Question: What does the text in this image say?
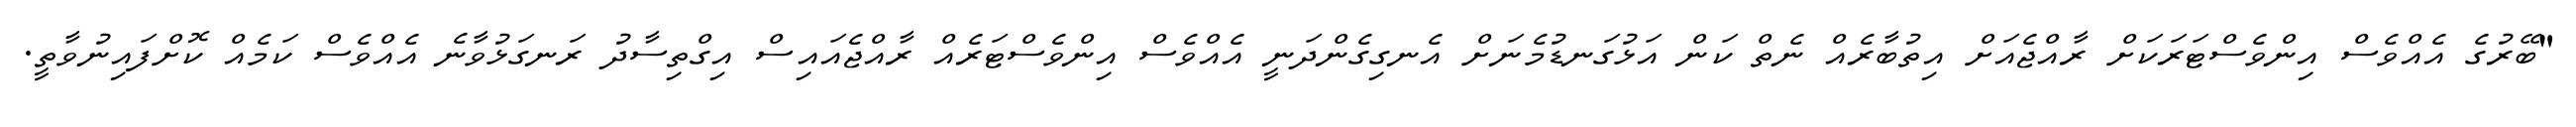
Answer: "ބޭރުގެ އެއްވެސް އިންވެސްޓަރަކަށް ރާއްޖެއަށް އިތުބާރެއް ނެތް ކަން އަޅުގަނޑުމެނަށް އެނގިގެންދަނީ އެއްވެސް އިންވެސްޓަރެއް ރާއްޖެއައިސް އިގްތިސާދު ރަނގަޅުވާނެ އެއްވެސް ކަމެއް ކޮށްފައިނުވާތީ.